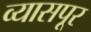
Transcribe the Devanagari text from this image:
व्यासपूर